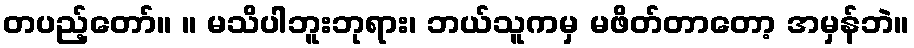
တပည့်တော်။ ။ မသိပါဘူးဘုရား၊ ဘယ်သူကမှ မဖိတ်တာတော့ အမှန်ဘဲ။